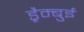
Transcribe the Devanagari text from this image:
ड्रैम्बुई